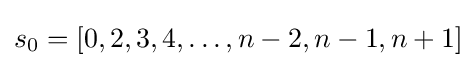
s_{0}=[0,2,3,4,\ldots ,n-2,n-1,n+1]